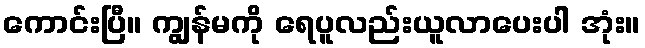
ကောင်းပြီ။ ကျွန်မကို ရေပူလည်းယူလာပေးပါ အုံး။